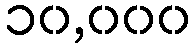
၁၀,၀၀၀